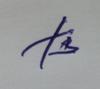
Signature authenticity: forged